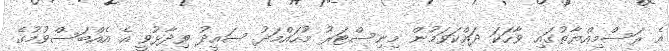
އެ ރަސްމިއްޔާތުގައި ވާހަކަ ދައްކަވަމުން މިނިސްޓަރު މުހައްމަދު ސައީދު ވިދާޅުވީ އެ އެއްބަސްވުމުގެ